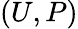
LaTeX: (U,P)